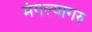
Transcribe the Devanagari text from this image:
मंगल्यागरु